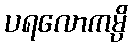
ပရလောကမ္ပိ